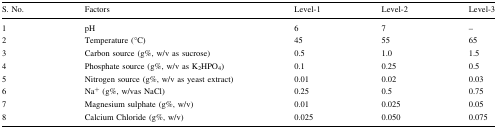
| S. No. | Factors | Level-1 | Level-2 | Level-3 |
 | --- | --- | --- | --- | --- |
 | 1 | pH | 6 | 7 | – |
 | 2 | Temperature (°C) | 45 | 55 | 65 |
 | 3 | Carbon source (g%, w/v as sucrose) | 0.5 | 1.0 | 1.5 |
 | 4 | Phosphate source (g%, w/v as K2HPO4) | 0.1 | 0.25 | 0.5 |
 | 5 | Nitrogen source (g%, w/v as yeast extract) | 0.01 | 0.02 | 0.03 |
 | 6 | Na+ (g%, w/vas NaCl) | 0.25 | 0.5 | 0.75 |
 | 7 | Magnesium sulphate (g%, w/v) | 0.01 | 0.025 | 0.05 |
 | 8 | Calcium Chloride (g%, w/v) | 0.025 | 0.050 | 0.075 |